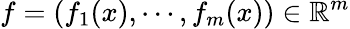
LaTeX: f=(f_{1}(x),\cdots,f_{m}(x))\in\mathbb{R}^{m}